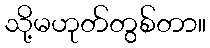
သို့မဟုတ်တွစ်တာ။